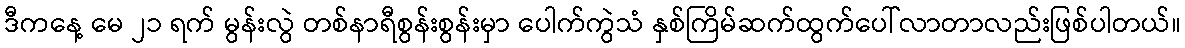
ဒီကနေ့ မေ ၂၁ ရက် မွန်းလွဲ တစ်နာရီစွန်းစွန်းမှာ ပေါက်ကွဲသံ နှစ်ကြိမ်ဆက်ထွက်ပေါ်လာတာလည်းဖြစ်ပါတယ်။